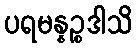
ပရမန္နဉ္စဒါသိ